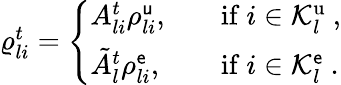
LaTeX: \begin{array}{r}{\varrho_{li}^{t}=\left\{ \begin{array}{ll}{A_{li}^{t}\rho_{li}^{\mathsf{u}},}&{\quad\mathrm{if~}i\in\mathcal{K}_{l}^{\mathrm{u}}\ ,}\\ {\tilde{A}_{l}^{t}{\rho_{li}^{\mathsf{e}}},}&{\quad\mathrm{if~}i\in\mathcal{K}_{l}^{\mathsf{e}}\ .}\end{array}\right.}\end{array}